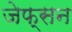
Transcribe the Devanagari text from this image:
जेफ्सन